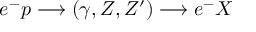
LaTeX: e ^ { - } p \longrightarrow ( \gamma , Z , Z ^ { \prime } ) \longrightarrow e ^ { - } X